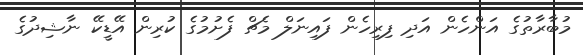
މުބާރާތުގެ އަންހެން އަދި ފިރިހެން ފައިނަލް މެޗް ފެށުމުގެ ކުރިން އޭޑީކޭ ނާޝިދުގެ